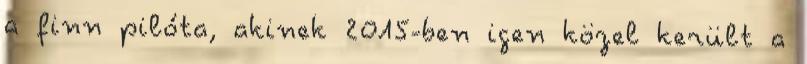
a finn pilóta, akinek 2015-ben igen közel került a